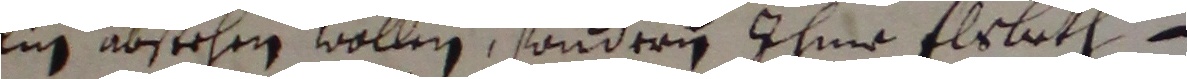
lin abstehen wollen, sondern ihme Elsbeth